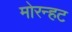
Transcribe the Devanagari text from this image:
मोरन्हट